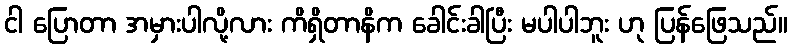
ငါ ပြောတာ အမှားပါလို့လား ကိရှိတာနိက ခေါင်းခါပြီး မပါပါဘူး ဟု ပြန်ဖြေသည်။